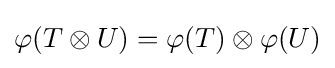
\varphi (T\otimes U)=\varphi (T)\otimes \varphi (U)